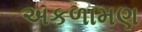
અકળામણ